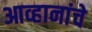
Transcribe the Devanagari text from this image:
आव्हानांचे